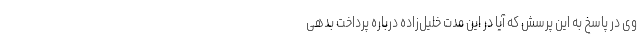
وی در پاسخ به این پرسش که آیا در این مدت خلیل‌زاده درباره پرداخت بدهی